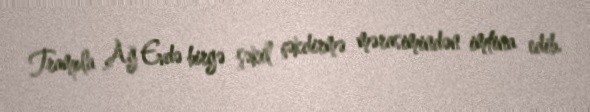
Trampla Ağ Evdə birgə şəkil çəkdirmə mərasimindən imtina edib.